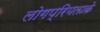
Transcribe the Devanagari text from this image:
लोगप्रियताके